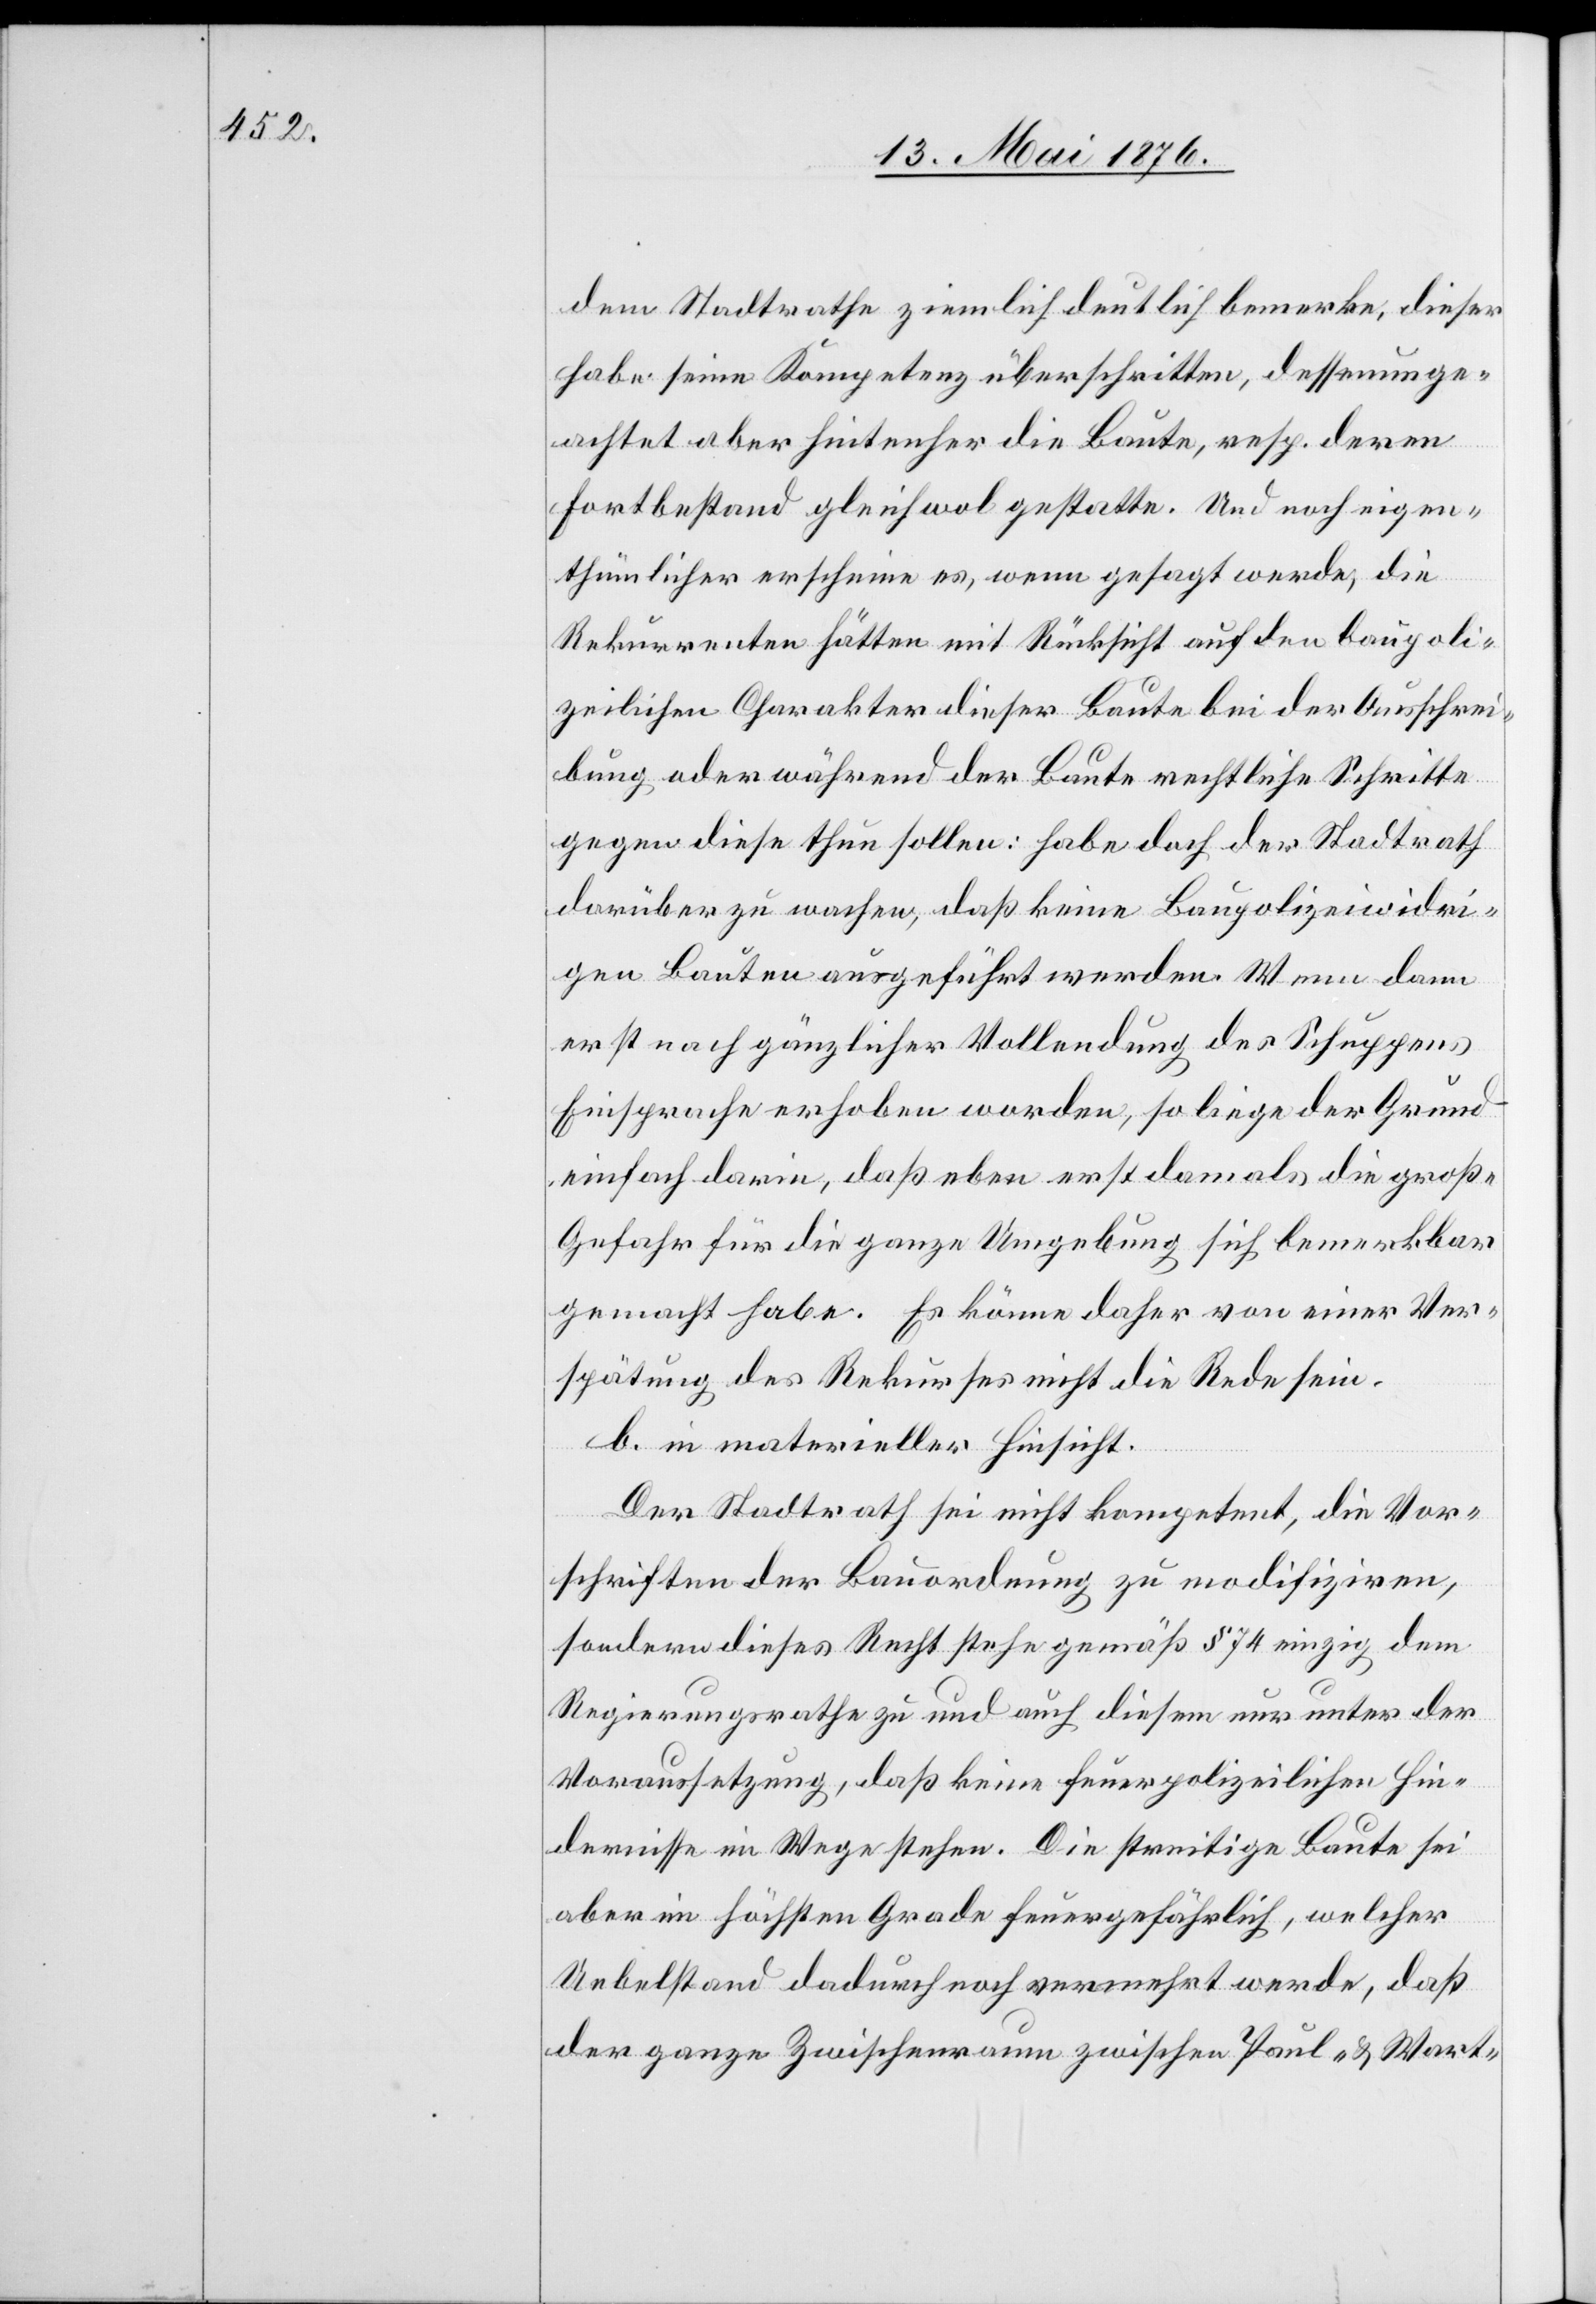
dem Stadtrathe ziemlich deutlich bemerke, dieser
habe seine Kompetenz überschritten, dessenunge¬
achtet aber hinterher die Baute, resp. deren
Fortbestand gleichwol gestatte. Und noch eigen¬
thümlicher erscheine es, wenn gesagt werde, die
Rekurrenten hätten mit Rücksicht auf den baupoli¬
zeilichen Charakter dieser Baute bei der Ausschrei¬
bung oder während der Baute rechtliche Schritte
gegen diese thun sollen: habe doch der Stadtrath
darüber zu wachen, daß keine Baupolizeiwidri¬
gen Bauten ausgeführt werden. Wenn dann
erst nach gänzlicher Vollendung des Schuppens
Einsprache erhoben worden, so liege der Grund
einfach darin, daß eben erst damals die große
Gefahr für die ganze Umgebung sich bemerkbar
gemacht habe. Es könne daher von einer Ver¬
spätung des Rekurses nicht die Rede sein.
b. in materieller Hinsicht.
Der Stadtrath sei nicht kompetent, die Vor¬
schriften der Bauordnung zu modifiziren,
sondern dieses Recht stehe gemäß § 74 einzig dem
Regierungsrathe zu und auch diesem nur unter der
Voraussetzung, daß keine feuerpolizeilichen Hin¬
dernisse im Wege stehen. Die streitige Baute sei
aber im höchsten Grade feuergefährlich, welcher
der ganze Zwischenraum zwischen Paul- & Wart-